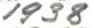
1938